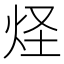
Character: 𤇂